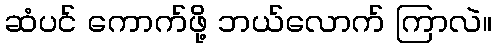
ဆံပင် ကောက်ဖို့ ဘယ်လောက် ကြာလဲ။